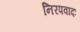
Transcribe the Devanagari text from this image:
निरपवादः